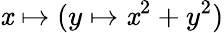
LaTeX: \mathit{x}\mapsto(y\mapsto\mathit{x}^{2}+y^{2})